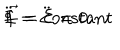
\ddot { \Phi } = \ddot { \Sigma } = 0 ; \hspace { 1 c m } { \vec { f } } = \mathrm { c o n s t a n t }